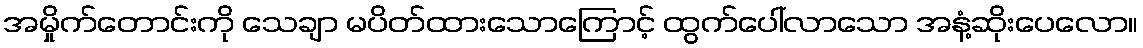
အမှိုက်တောင်းကို သေချာ မပိတ်ထားသောကြောင့် ထွက်ပေါ်လာသော အနံ့ဆိုးပေလော။